Lunatic asylums in Bengal annual reports 1888-1898 - 1888-1898
Year: 1888
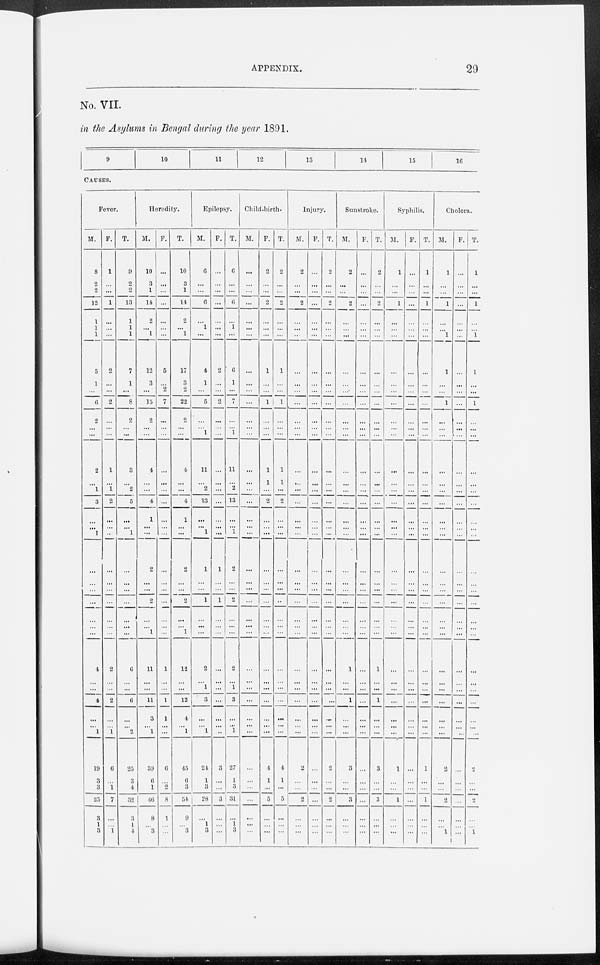
APPENDIX.
29
No. VII.
in the Asylums in Bengal during the year 1891.
9
10
11
12
13
14
15
16
CAUSES.
Fever.
M.
8
2
2
12
1
1
1
5
1
...
6
2
...
...
2
...
1
3
...
...
1
...
...
...
4
...
4
...
...
1
19
3 3
25
3
...
3
F.
1
...
...
1
...
...
...
2
...
...
2
...
...
...
1
...
1
2
...
...
...
...
...
...
2
...
2
...
...
1
6
...
1
7
...
...
1
T.
9
2
2
13
1
1
1
7
1
...
8
2
...
...
3
...
2
5
...
...
1
...
...
...
6
...
6
...
...
2
25
3
4
32
3
...
4
Heredity.
M.
10
3
1
14
2
...
1
12
3
...
15
2
...
...
4
...
...
4
1
...
...
2
2
...
11
...
11
3
...
1
39
6
1
46
8
...
3
F.
...
...
...
...
...
...
...
5
...
2
7
...
...
...
...
...
...
...
...
...
1 ...
...
...
...
1
...
1
1
...
...
6
...
2
8
1
...
...
T.
10
3
1
14
2
...
1
17
3
2
22
2
...
...
4
...
...
4
1
...
...
2
2
...
12
...
12
4
...
1
45
6
3
54
9
...
3
Epilepsy.
M.
6
...
...
6
...
1
...
4
1
...
5
...
...
1
11
...
2
13
...
... 1
1
1
...
2
...
3
...
...
1
24
1
3
28
...
1
3
F.
...
...
...
...
...
...
...
2
...
...
2
...
...
...
...
...
...
...
...
...
...
1
1
...
...
...
...
...
...
...
3
...
...
3
...
...
...
T.
6
...
...
6
...
1
...
6
1
...
7
...
...
1
11
...
...
13
...
... 1
2
2
...
2
...
3
...
...
1
27
1
3
31
...
1
3
Child-birth.
M.
...
...
...
...
...
...
...
...
...
...
...
...
...
...
...
...
...
...
...
...
...
...
...
...
...
...
...
...
...
...
...
...
...
...
...
...
...
F.
2
...
...
2
...
...
...
1
...
...
1
...
...
...
1
1
...
2
...
...
...
...
...
...
...
...
...
...
...
...
4
1
...
5
...
...
...
T.
2
...
...
2
...
...
...
1
...
...
1
...
...
...
1
1
...
2
...
...
...
...
...
...
...
...
...
...
...
...
4
1
...
5
...
...
...
Injury.
M.
2
...
...
2
...
...
...
...
...
...
...
...
...
...
...
...
...
...
...
...
...
...
...
...
...
...
...
...
...
...
2
...
...
2
...
...
...
F.
...
...
...
...
...
...
...
...
...
...
...
...
...
...
...
...
...
...
...
...
...
...
...
...
...
...
...
...
...
...
...
...
...
...
...
...
...
T.
2
...
...
2
...
...
...
...
...
...
...
...
...
...
...
...
...
...
...
...
...
...
...
...
...
...
...
...
...
...
2
...
...
2
...
...
...
Sunstroke.
M.
2
...
...
2
...
...
...
...
...
...
...
...
...
...
...
...
...
...
...
...
...
...
...
...
1
...
1
...
...
...
3
...
...
3
...
...
...
F.
...
...
...
...
...
...
...
...
...
...
...
...
...
...
...
...
...
...
...
...
...
...
...
...
...
...
...
...
...
...
...
...
...
...
...
...
...
T.
2
...
...
2
...
...
...
...
...
...
...
...
...
...
...
...
...
...
...
...
...
...
...
...
1
...
1
...
...
...
3
...
...
3
...
...
...
Syphilis.
M.
1
...
...
1
...
...
...
...
...
...
...
...
...
...
...
...
...
...
...
...
...
...
...
...
...
...
...
...
...
...
1
...
...
1
...
...
...
F.
...
...
...
...
...
...
...
...
...
...
...
...
...
...
...
...
...
...
...
...
...
...
...
...
...
...
...
...
...
...
...
...
...
...
...
...
...
T.
1
...
...
1
...
...
...
...
...
...
...
...
...
...
...
...
...
...
...
...
...
...
...
...
...
...
...
...
...
...
1
...
...
1
...
...
...
Cholera.
M.
1
...
...
1
...
...
1
1
...
...
1
...
...
...
...
...
...
...
...
...
...
...
...
...
...
...
...
...
...
...
2
...
...
2
...
...
1
F.
...
...
...
...
...
...
...
...
...
...
...
...
...
...
...
...
...
...
...
...
...
...
...
...
...
...
...
...
...
...
...
...
...
...
...
...
...
T.
1
...
...
1
...
...
1
1
...
...
1
...
...
...
...
...
...
...
...
...
...
...
...
...
...
...
...
...
...
...
2
...
...
2
...
...
1